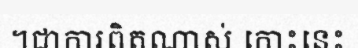
។ជាការពិតណាស់ កោះនេះ